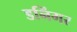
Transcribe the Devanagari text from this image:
डनिंगर